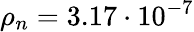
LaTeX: \rho_{n}=3.17\cdot 10^{-7}